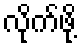
လိုက်ဖို့